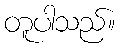
တူပါသည်။